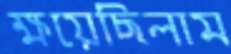
ক্ষয়েছিলাম